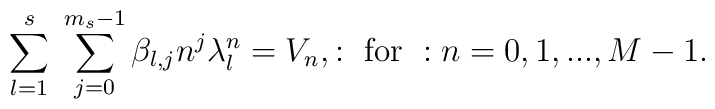
\displaystyle\sum_{l=1}^{s}\;\displaystyle\sum_{j=0}^{m_{s}-1}\beta_{l,j}n^{j}\lambda _{l}^{n}=V_{n},:\mbox{ for }:n=0,1,...,M-1.